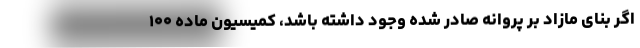
اگر بنای مازاد بر پروانه صادر شده وجود داشته باشد، کمیسیون ماده ۱۰۰